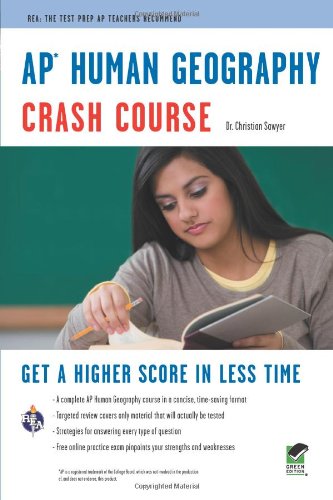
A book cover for APÂ® Human Geography Crash Course Book + Online (Advanced Placement (AP) Crash Course); Dr. Christian Sawyer; Science & Math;